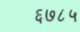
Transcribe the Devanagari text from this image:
६७८५